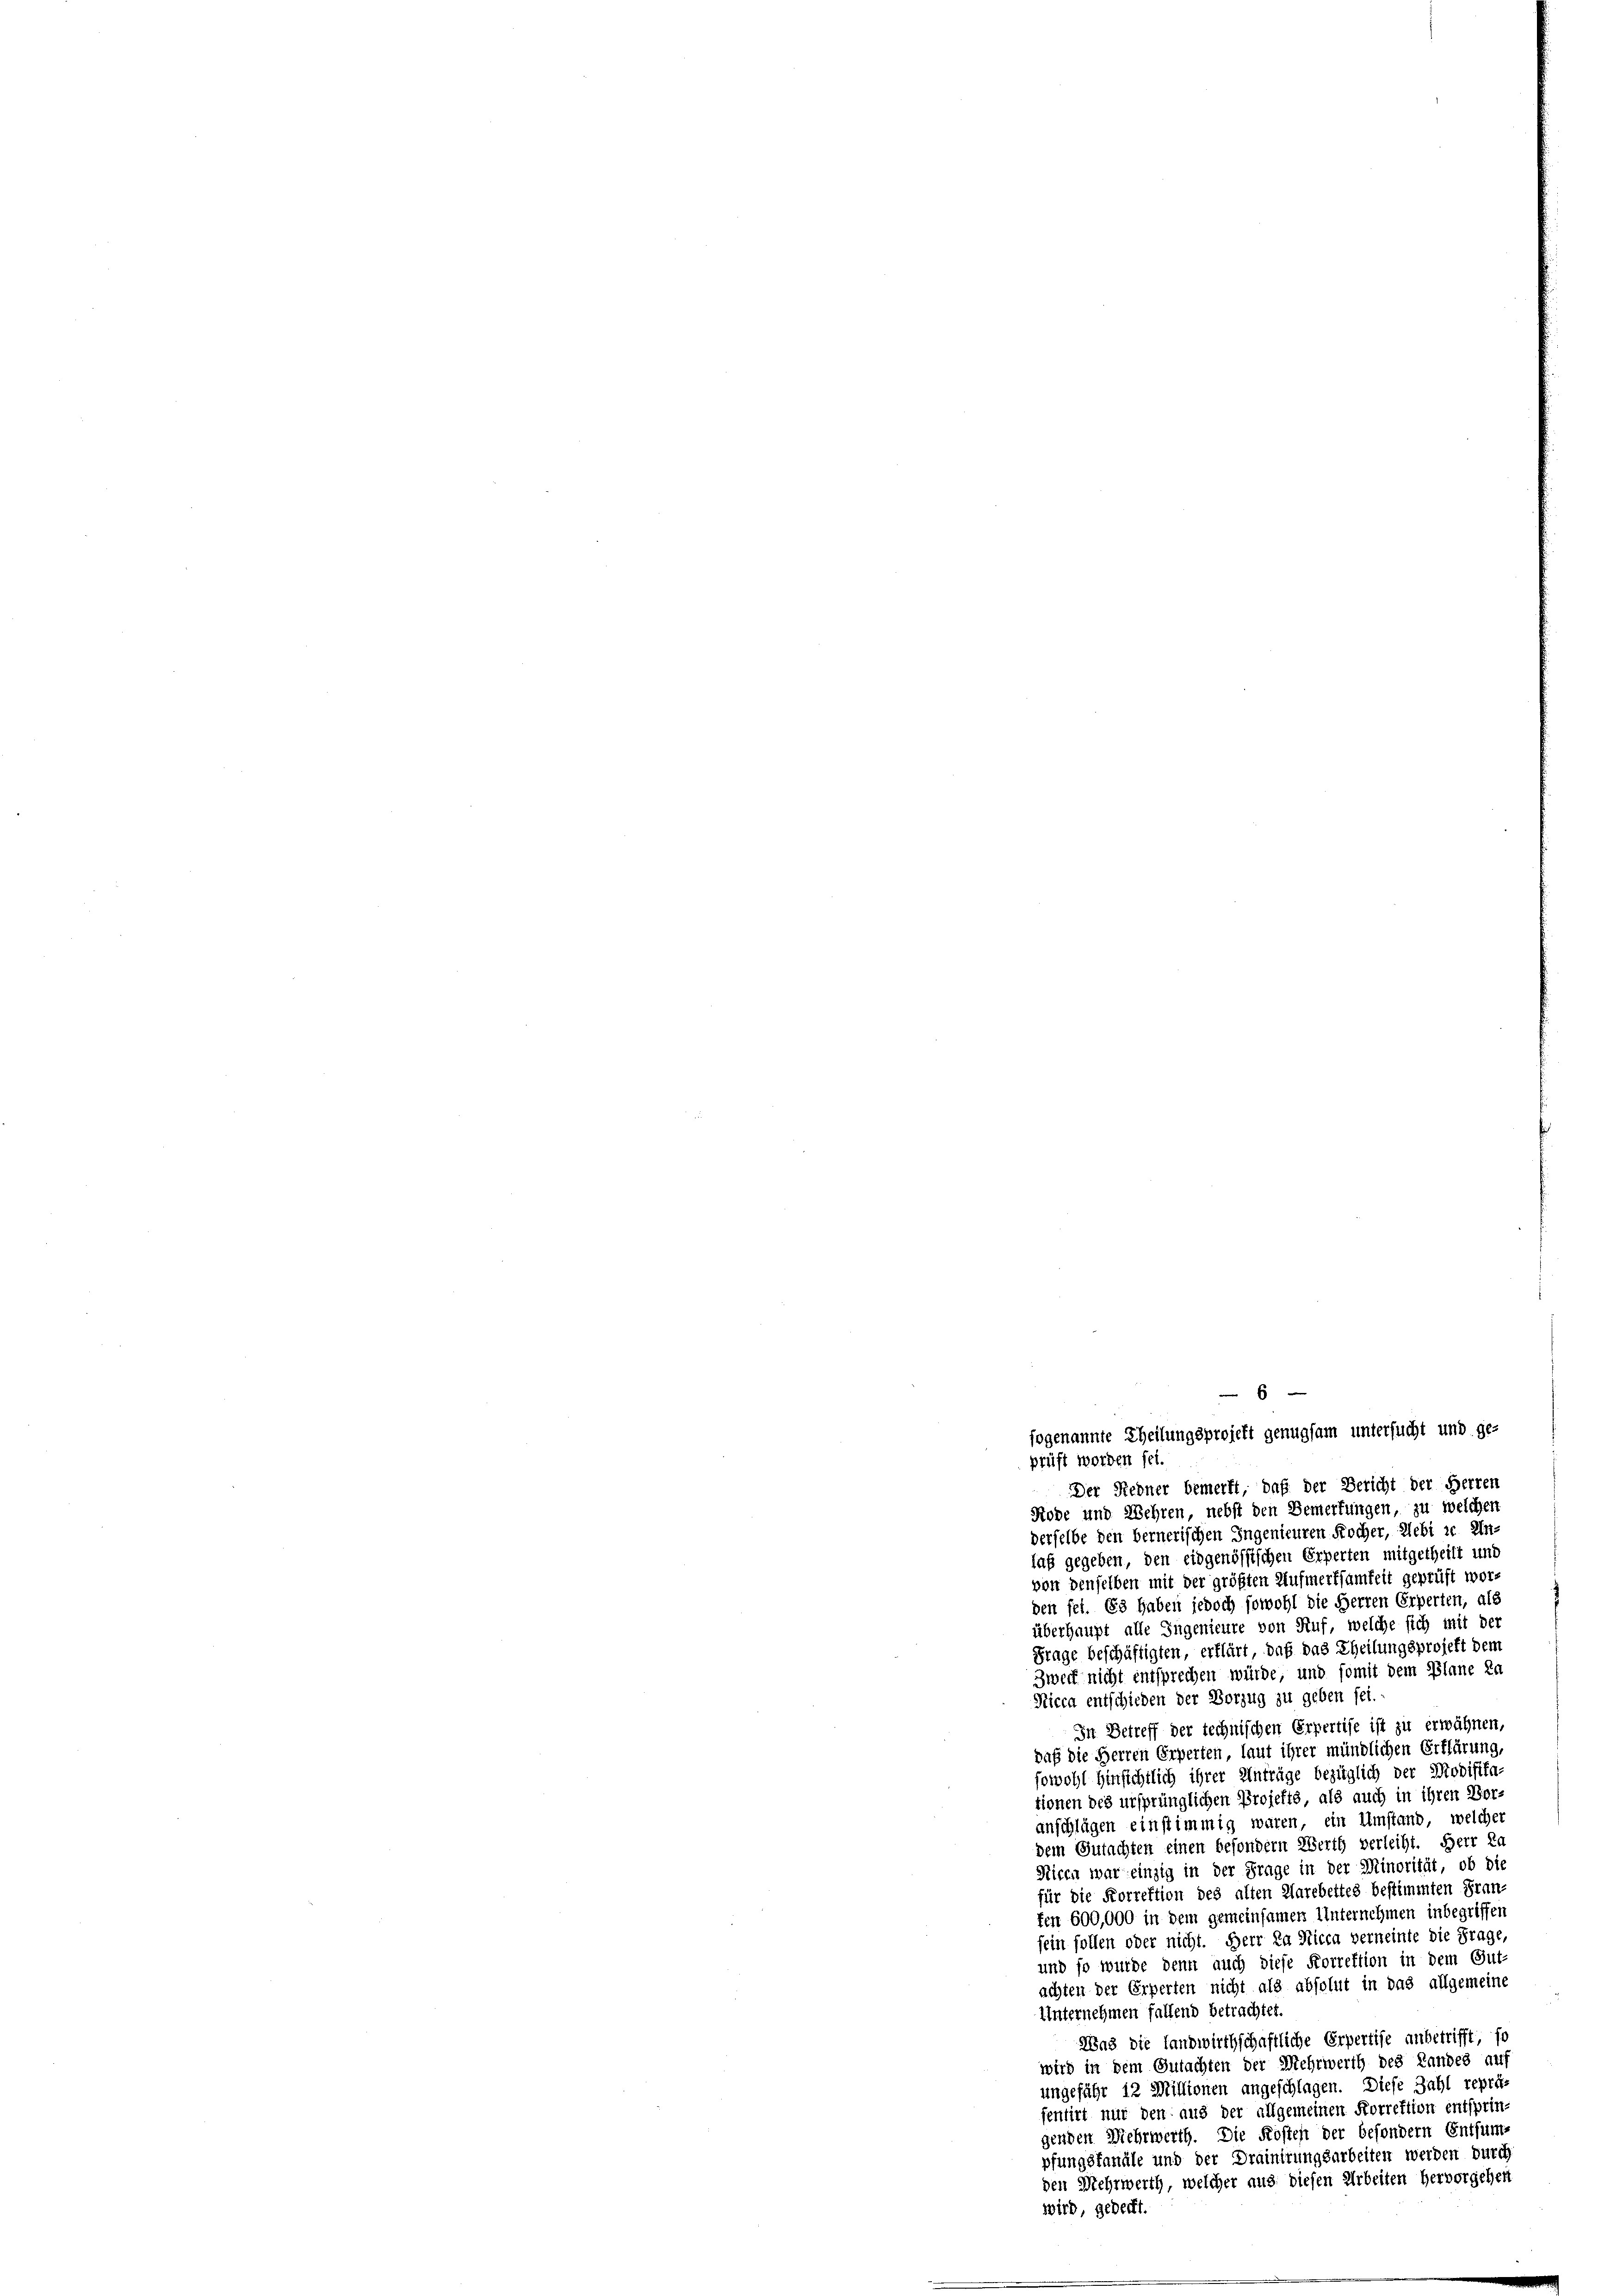
fogenannte Theilungsprojekt genugsam untersucht und geprüft worden sei.
Der Redner bemerkt, daß der Bericht der Herren
Rode und Wehren, nebst den Bemerkungen, zu welchen
derselbe den bernerischen Ingenieuren Kocher, Sebi in Ein-
laß gegeben, den eidgenössischen Erperten mitgetheilt und
von denselben mit der größten Aufmerksamkeit geprüft worden sei. Es haben jedoch sowohl die Herren Erperten, als
überhaupt alle Ingenieure von Ruf, welche sich mit der
Frage beschäftigten, erklärt, daß das Theilungsprojekt dem
Zweck nicht entsprechen würde, und somit dem Plane ke
Nicca entschieden der Vorzug zu geben sei.
In Betreff der technischen Erpertise ist zu erwähnen,
daß die Herren Erwerten, laut ihrer mündlichen Erklärung,
sowohl hinsichtlich ihrer Anträge bezüglich der Modifika-
tionen des ursprünglichen Projekte als auch in ihren Ber-
anschlägen einstimmig waren, ein Umstand, welcher
dem Gutachten einen besondern Werth verleiht. Herr Ra
Nicen war einzig in der Frage in der Minorität, ob die
für die Korrektion des alten Harebettes bestimmten Fran-
fen 600,000 in dem gemeinsamen Unternehmen inbegriffen
sein sollen oder nicht. Herr Da Sicca verneinte die Frage,
und so wurde denn auch diese Korrektion in dem Gut-
achten der Erperten nicht als absolut in das allgemeine
Unternehmen fallend betrachtet.
Was die landwirthschaftliche Erpertise anbetrifft, so
wird in dem Gutachten der Mehrwerth des Landes auf
ungefähr in Millionen angeschlagen. Diese Zahl repräs
sentirt nur den aus der allgemeinen Korrektion entsprin-
genden Mehrwerth. Die Kosten der besondern Entsum-
pfungsfanäle und der Drainirungsarbeiten werden durc
den Mehrwerth, welcher aus diesen Arbeiten hervorgehent
wird, gedeckt.